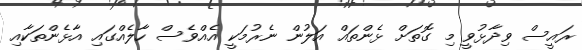
ރައީސް ވިދާޅުވީ މި ގޮތަށް ޅެންތައް އަލުން ނެރުމަކީ އެއްވެސް ހާލެއްގައި އާޅެންތަކާއި